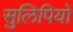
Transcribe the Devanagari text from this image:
सुलिपियों